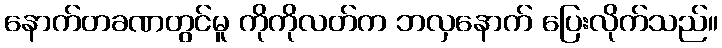
နောက်တခဏတွင်မူ ကိုကိုလတ်က ဘလှနောက် ပြေးလိုက်သည်။